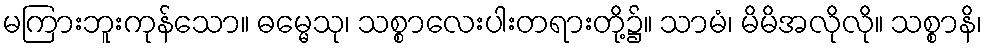
မကြားဘူးကုန်သော။ ဓမ္မေသု၊ သစ္စာလေးပါးတရားတို့၌။ သာမံ၊ မိမိအလိုလို။ သစ္စာနိ၊